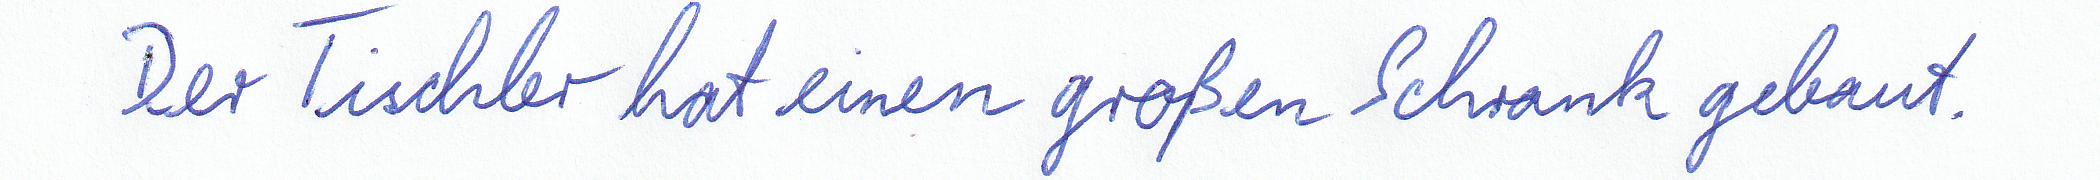
Der Tischler hat einen großen Schrank gebaut.